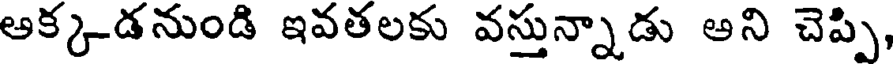
అక్కడనుండి ఇవతలకు వస్తున్నాడు అని చెప్పి,